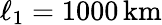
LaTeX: \ell_{1}=1000\, \mathrm{km}